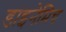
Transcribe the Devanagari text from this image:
डाइनेमिच